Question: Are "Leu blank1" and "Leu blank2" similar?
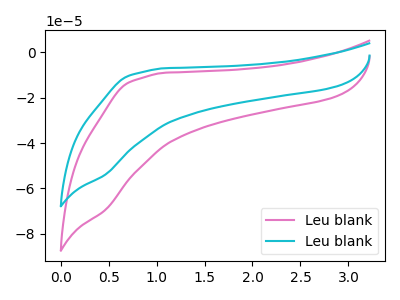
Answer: <think>The pink curve "Leu blank1" has no peaks. The cyan curve "Leu blank2" has no peaks.
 Neither "Leu blank1" or "Leu blank2" have any peaks.</think>
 <answer>"Leu blank1" and "Leu blank2" are similar in shape.</answer>
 <eval>same_shape</eval>